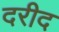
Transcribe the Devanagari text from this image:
दरीद